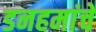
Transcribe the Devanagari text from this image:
डनहमांचे